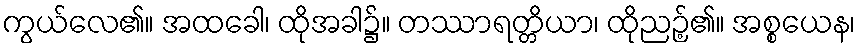
ကွယ်လေ၏။ အထခေါ၊ ထိုအခါ၌။ တဿာရတ္တိယာ၊ ထိုညဉ့်၏။ အစ္စယေန၊